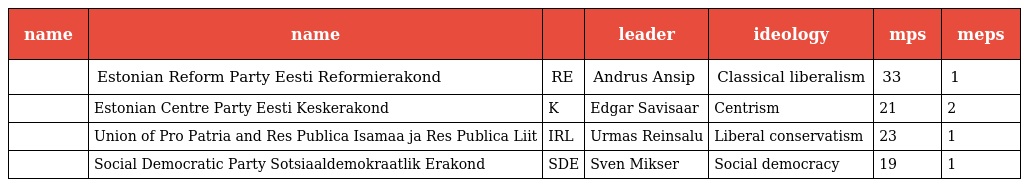
| name | name |  | leader | ideology | mps | meps |
 | --- | --- | --- | --- | --- | --- | --- |
 |  | Estonian Reform Party Eesti Reformierakond | RE | Andrus Ansip | Classical liberalism | 33 | 1 |
 |  | Estonian Centre Party Eesti Keskerakond | K | Edgar Savisaar | Centrism | 21 | 2 |
 |  | Union of Pro Patria and Res Publica Isamaa ja Res Publica Liit | IRL | Urmas Reinsalu | Liberal conservatism | 23 | 1 |
 |  | Social Democratic Party Sotsiaaldemokraatlik Erakond | SDE | Sven Mikser | Social democracy | 19 | 1 |